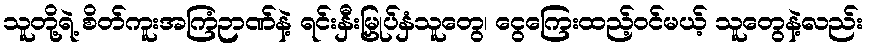
သူတို့ရဲ့ စိတ်ကူးအကြံဉာဏ်နဲ့ ရင်းနှီးမြှုပ်နှံသူတွေ၊ ငွေကြေးထည့်ဝင်မယ့် သူတွေနဲ့လည်း